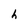
Character: h